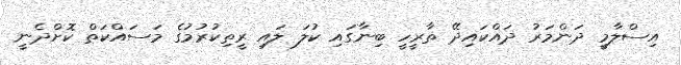
އިސްލާމީ ދަންމަރު ދައްކައިދޭ ތާރީހީ ބިނާގައި ކުލަ ލައި ރީތިކުރުމުގެ މަސައްކަތް ކޮށްދެނީ